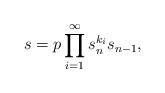
LaTeX: \begin{align*}s=p \prod_{i=1}^{\infty} s_{n}^{k_i} s_{n-1},\end{align*}